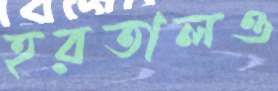
হরতালও